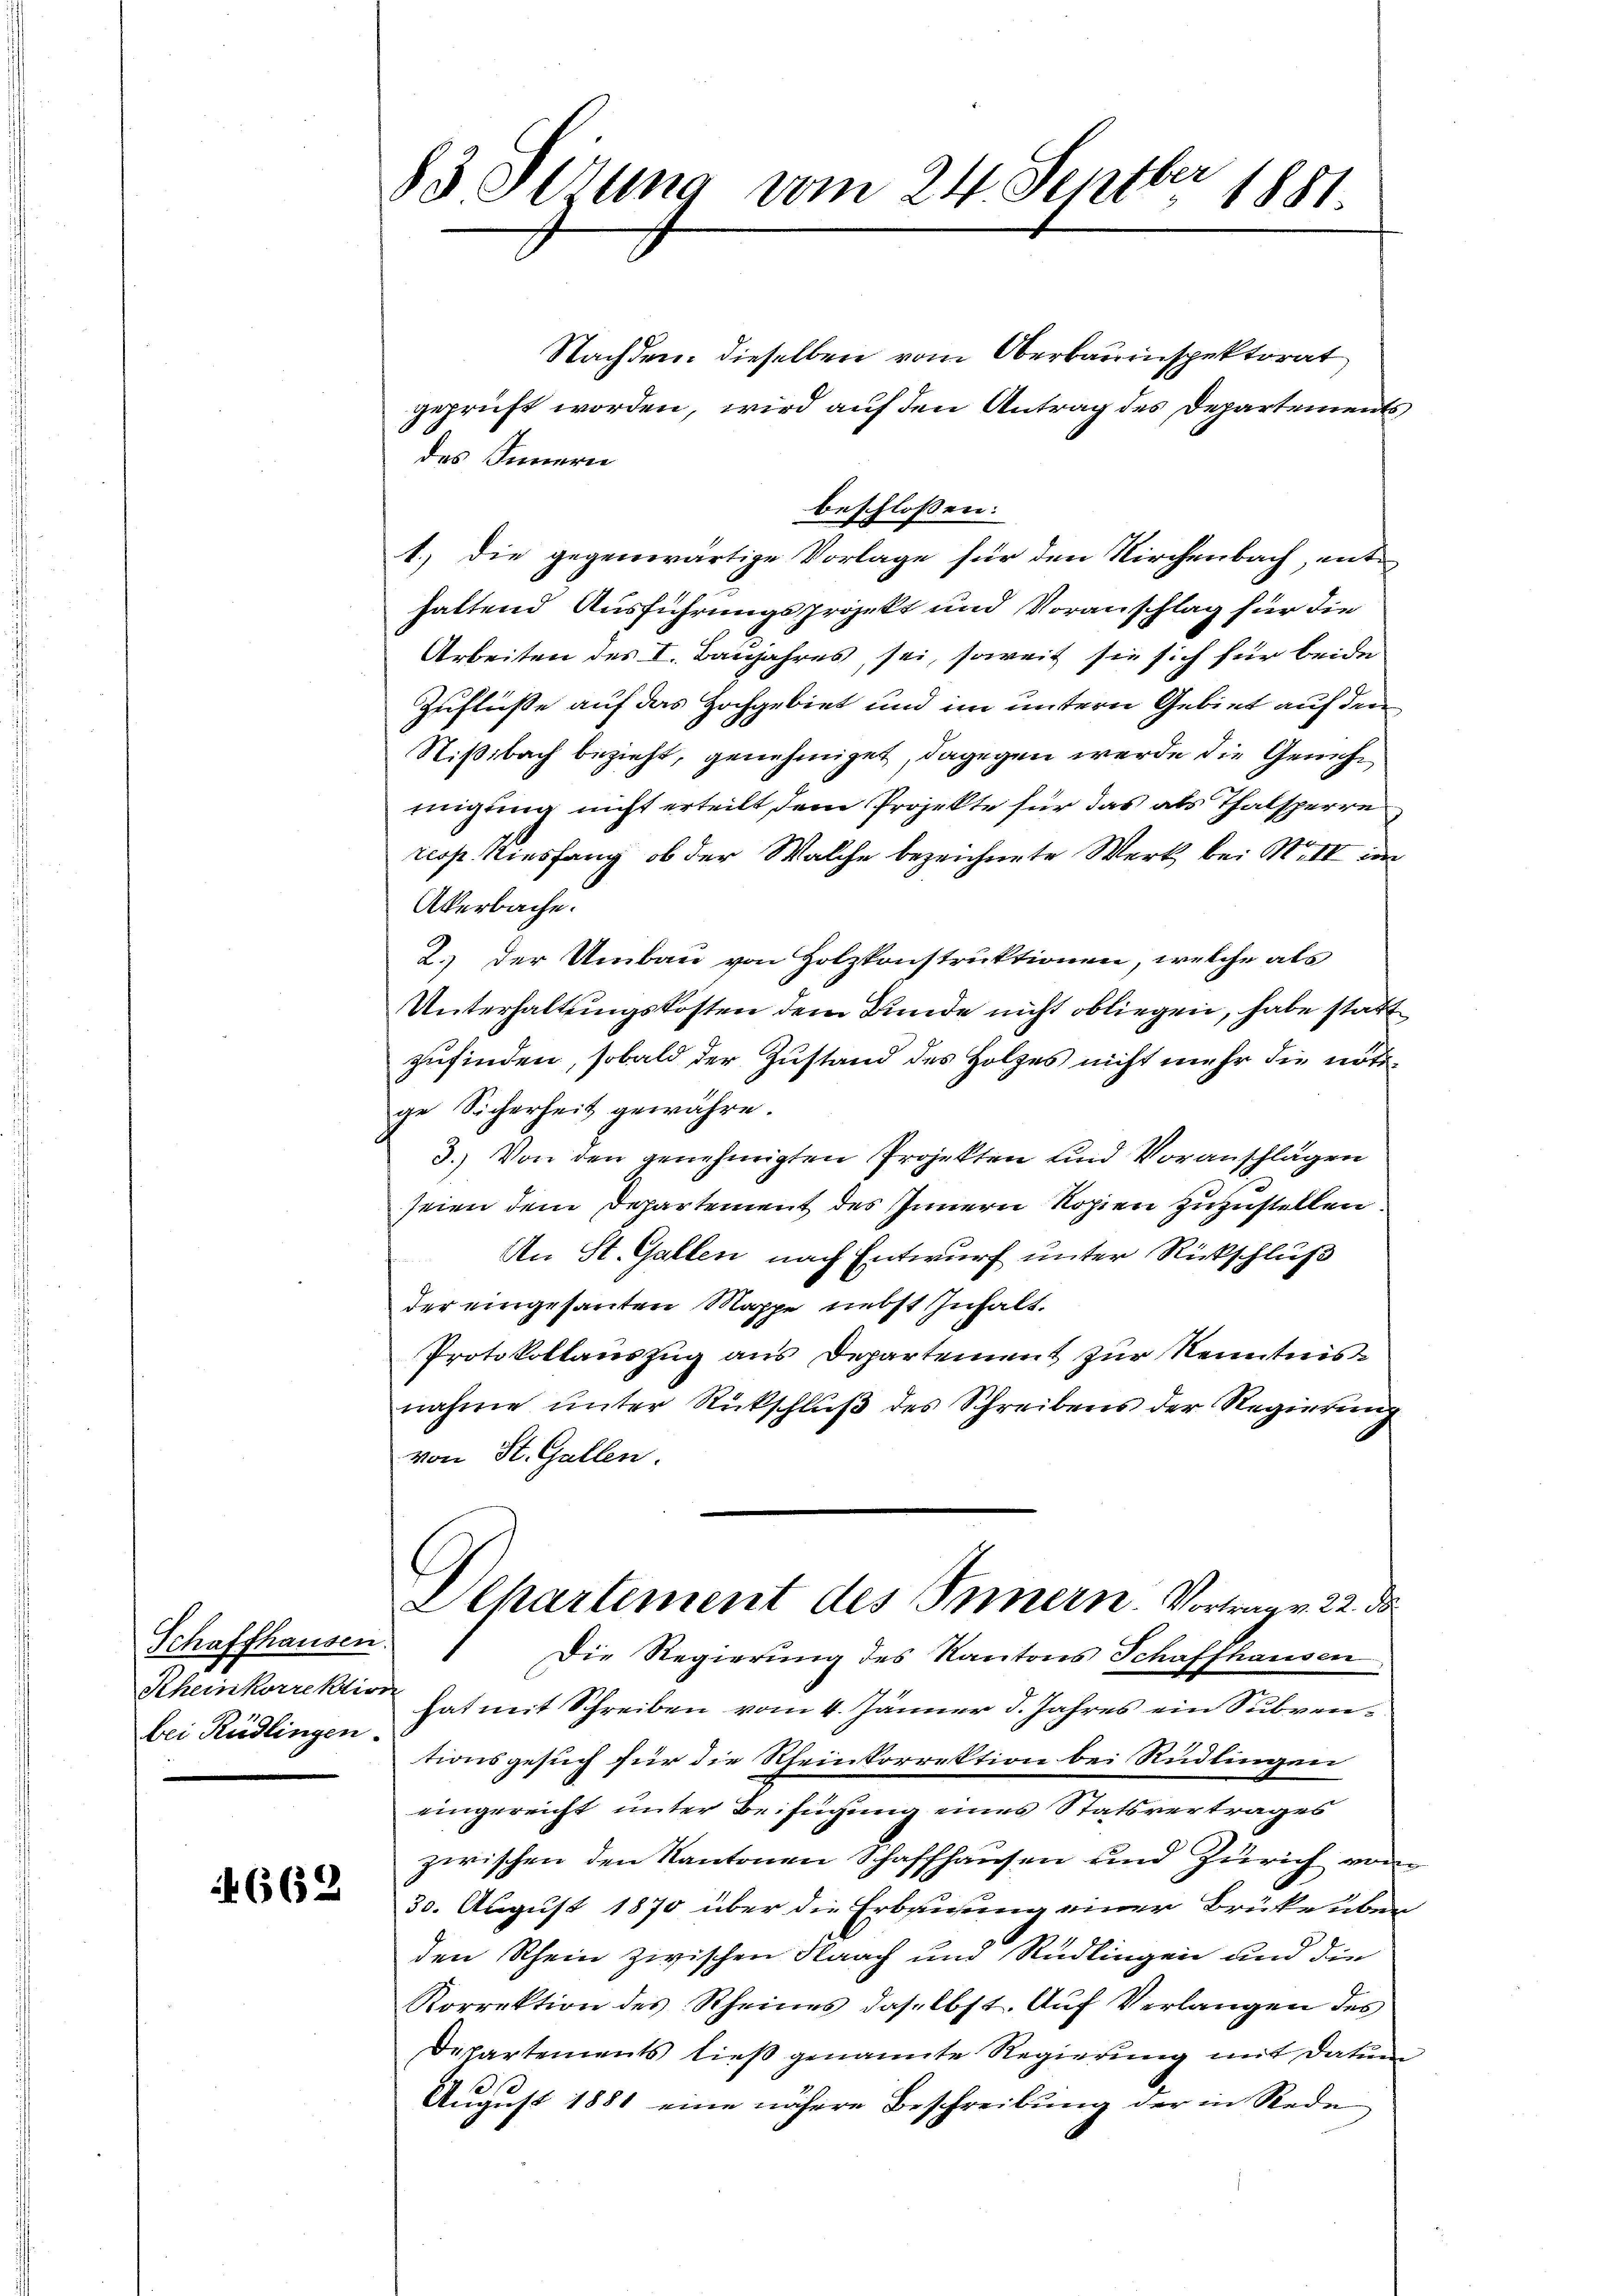
Schaffhausen.
bei Rüdlingen.

662

83 derung vom 24. Septbr 1881.

Nachdem dieselben vom Oberbauinspektorat
geprüft worden, wird auf den Antrag des Departements
des Innern
beschlossen:
1.) die gegenwärtige Vorlage für den Kirchenbach, enthaltend Ausführungsprojekt und Voranschlag für die
Arbeiten des I. Baujahres, sei, soweit sie sich für beide
Zuflüße auf das Hochgebiet und im untern Gebiet auf den
Nißibach bezieht, genehmiget, dagegen werde die Genehmigung nicht erteilt, dem Projekte für das als Thalsperre
resp. Kiesfang, ob der Walche bezeichnete Werk bei No II im
Akerbache.
2.) Der Umbau von Holzkonstruktionen, welche als
Unterhaltungskosten dem Bunde nicht obliegen, habe statt
zufinden, sobald der Zustand des Holzes nicht mehr die nötige Sicherheit gewähre.
3.) Von den genehmigten Projekten und Voranschlägen
seien dem Departement des Innern Kopien zuzustellen.
An St. Gallen nach Entwurf unter Rückschluß
der eingesanten Mappe nebst zuhalt.
Protokollauszug aus Departement zur Kenntnis
nahme ŭnter Rückschlŭβ des Schreibens der Regierŭng
von St. Gallen.
Departement des Innern. Vortrag v. 22. da
Die Regierung des Kantons Schaffhausen
Rheinkorrektion hat mit Schreiben vom 4. Jänner d. Jahres ein Subventionsgesuch für die Rheinkorrektion bei Rüdlingen
eingereicht unter Beifügung eines Statsvertrages
zwischen den Kantonen Schaffhausen und Zürich vom
30. August 1870 über die Erbauung einer Brüke über
den Rhein zwischen Naach und Rüdlingen und die
Korrektion des Rheines daselbst. Aŭf Verlangen des
Departements ließ genannte Regierung mit Datum
August 1881 eine nähere Beschreibung der in Rede